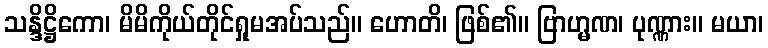
သန္ဒိဋ္ဌိကော၊ မိမိကိုယ်တိုင်ရှုမအပ်သည်။ ဟောတိ၊ ဖြစ်၏။ ဗြာဟ္မဏ၊ ပုဏ္ဏား။ မယာ၊